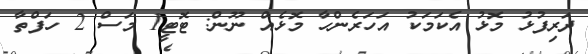
ދަރިފުޅު މޮޅު އެކަމަކު އަހަރެންހާ މޮޅެއް ނޫން: ޓޮޓީ1 މަސް 2 ހަފްތާ